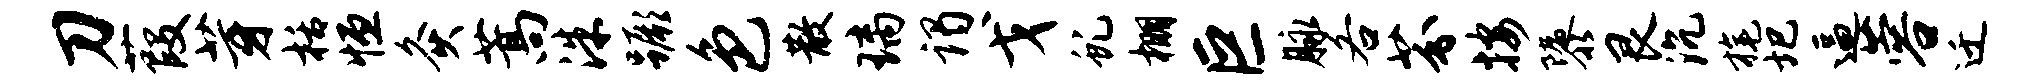
刀葭芽栝恒灸蒿洙蹶色散璃谒戈虬棚巨脉各芬按隳艮沉旄圯逼蓉迁